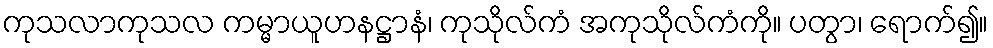
ကုသလာကုသလ ကမ္မာယူဟနဋ္ဌာနံ၊ ကုသိုလ်ကံ အကုသိုလ်ကံကို။ ပတွာ၊ ရောက်၍။